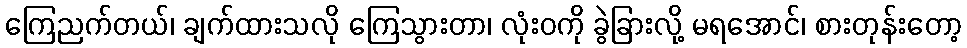
ကြေညက်တယ်၊ ချက်ထားသလို ကြေသွားတာ၊ လုံးဝကို ခွဲခြားလို့ မရအောင်၊ စားတုန်းတော့